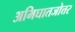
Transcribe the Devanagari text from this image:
अभिघातजोत्तर